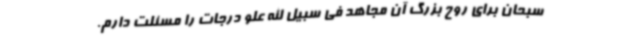
سبحان برای روح بزرگ آن مجاهد فی سبیل الله علو درجات را مسئلت دارم.